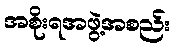
အစိုးရအဖွဲ့အစည်း